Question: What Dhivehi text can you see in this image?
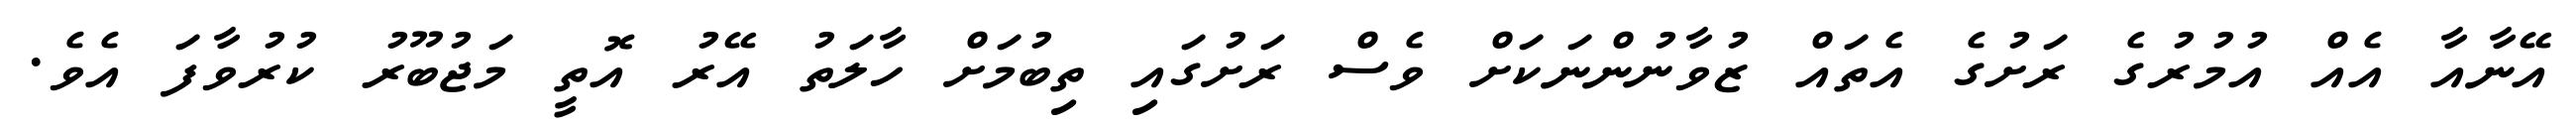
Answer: އޭނާއާ އެއް އުމުރުގެ ރަށުގެ އެތައް ޒުވާނުންނަކަށް ވެސް ރަށުގައި ތިބުމަށް ހާލަތު އޭރު އޮތީ މަޖުބޫރު ކުރުވާފަ އެވެ.